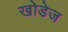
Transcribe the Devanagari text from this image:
खोडेज